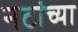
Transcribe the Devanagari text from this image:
नटांच्या